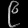
Digit: ၉